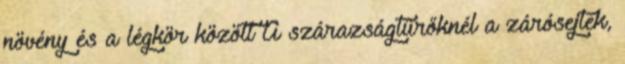
növény és a légkör között A szárazságtűrőknél a zárósejtek,